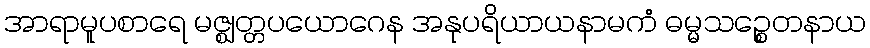
အာရာမူပစာရေ မဇ္ဈတ္တပယောဂေန အနုပရိယာယနာမကံ ဓမ္မသဉ္စေတနာယ